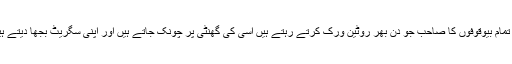
ان تمام بیوقوفوں کا صاحب جو دن بھر روٹین ورک کرتے رہتے ہیں اسی کی گھنٹی پر چونک جاتے ہیں اور اپنی سگریٹ بجھا دیتے ہیں۔